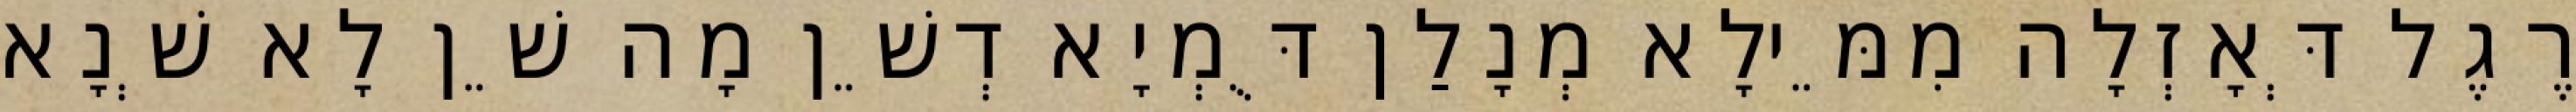
רֶגֶל דְּאָזְלָה מִמֵּילָא מְנָלַן דֻּמְיָא דְשֵׁן מָה שֵׁן לָא שְׁנָא